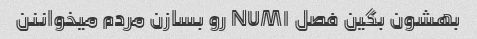
بهشون بگین فصل NUM۱ رو بسازن مردم میخواننن